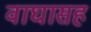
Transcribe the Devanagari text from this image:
वाघासह